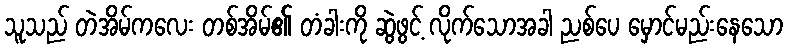
သူသည် တဲအိမ်ကလေး တစ်အိမ်၏ တံခါးကို ဆွဲဖွင့် လိုက်သောအခါ ညစ်ပေ မှောင်မည်းနေသော